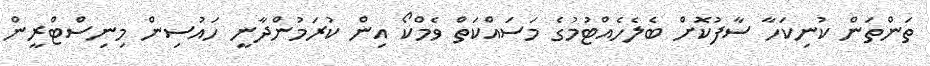
ތަންތަން ކުނިކަހާ ސާފުކޮށް ބެލެހެއްޓުމުގެ މަސައްކަތް ވެމްކޯ އިން ކުރަމުންދާނީ ހައުސިން މިނިސްޓްރީން